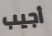
أجيب